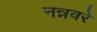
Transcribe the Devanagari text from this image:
नन्नवरे